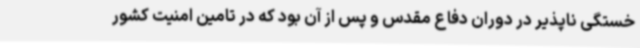
خستگی ناپذیر در دوران دفاع مقدس و پس از آن بود که در تامین امنیت کشور